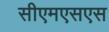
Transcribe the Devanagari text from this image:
सीएमएसएस